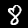
Label: 8